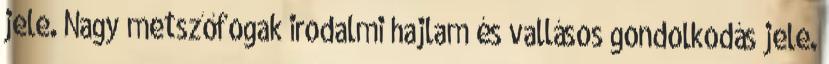
jele. Nagy metszőfogak irodalmi hajlam és vallásos gondolkodás jele.